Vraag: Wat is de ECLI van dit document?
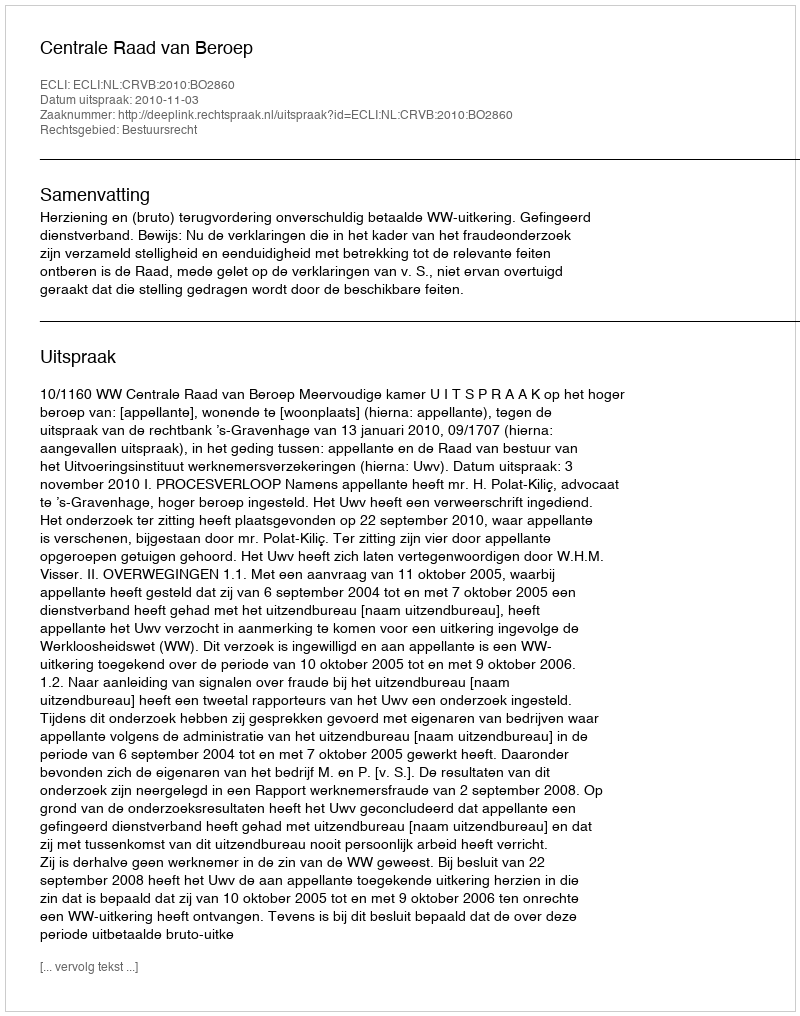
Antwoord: ECLI:NL:CRVB:2010:BO2860